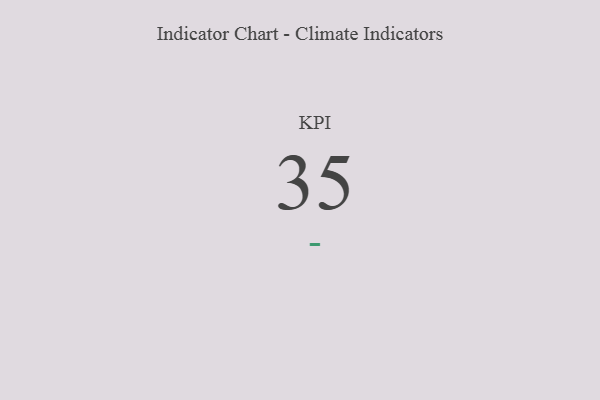
{"axis": {"x": "KPI", "y": "Value"}, "legend": [""], "data": [{"x": "KPI", "y": 35, "type": ""}]}